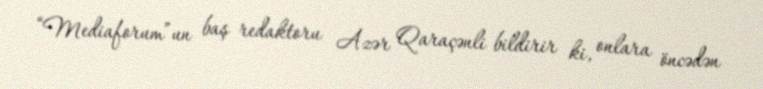
“Mediaforum”un baş redaktoru Azər Qaraçənli bildirir ki, onlara öncədən